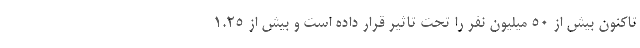
تاکنون بیش از ۵۰ میلیون نفر را تحت تاثیر قرار داده است و بیش از ۱.۲۵